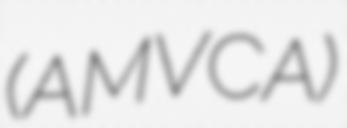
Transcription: (AMVCA)